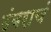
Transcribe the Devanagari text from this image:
उंबराचं